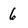
Character: 6